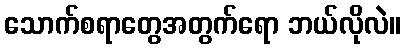
သောက်စရာတွေအတွက်ရော ဘယ်လိုလဲ။